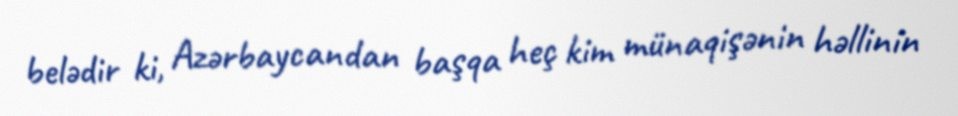
belədir ki, Azərbaycandan başqa heç kim münaqişənin həllinin